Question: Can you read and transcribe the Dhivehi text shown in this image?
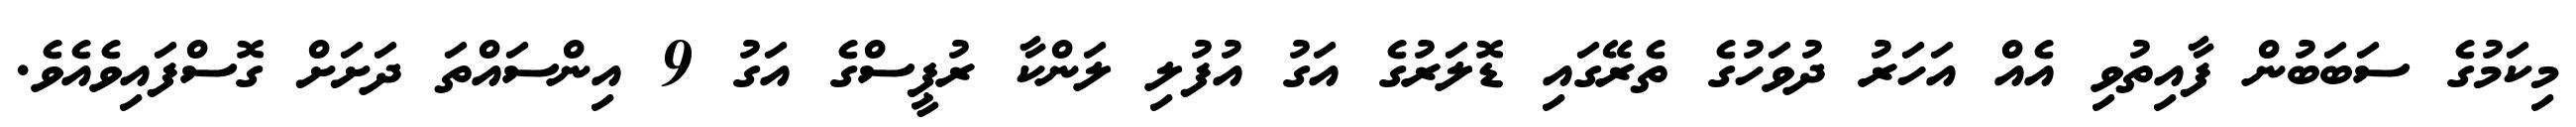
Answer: މިކަމުގެ ސަބަބުން ފާއިތުވި އެއް އަހަރު ދުވަހުގެ ތެރޭގައި ޑޮލަރުގެ އަގު އުފުލި ލަންކާ ރުޕީސްގެ އަގު 9 އިންސައްތަ ދަށަށް ގޮސްފައިވެއެވެ.